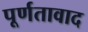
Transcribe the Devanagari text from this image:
पूर्णतावाद